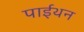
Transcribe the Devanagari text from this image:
पाईथन